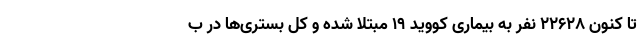
تا کنون ۲۲۶۲۸ نفر به بیماری کووید ۱۹ مبتلا شده و کل بستری‌ها در ب